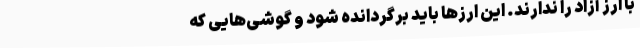
با ارز آزاد را ندارند. این ارزها باید برگردانده شود و گوشی‌هایی که